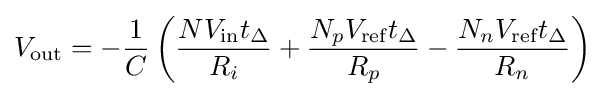
V_{\text{out}}=-{\frac {1}{C}}\left({\frac {NV_{\text{in}}t_{\Delta }}{R_{i}}}+{\frac {N_{p}V_{\text{ref}}t_{\Delta }}{R_{p}}}-{\frac {N_{n}V_{\text{ref}}t_{\Delta }}{R_{n}}}\right)